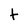
Character: t